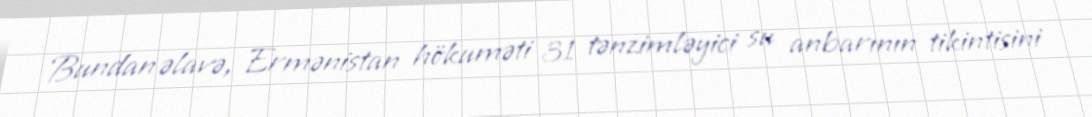
Bundan əlavə, Ermənistan hökuməti 31 tənzimləyici su anbarının tikintisini